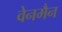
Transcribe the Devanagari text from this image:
वेनमैन